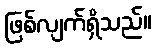
ဖြစ်လျက်ရှိသည်။